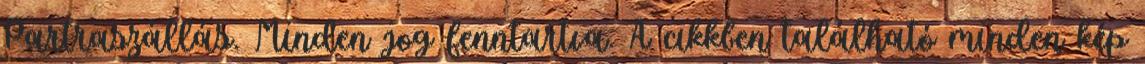
Partraszállás. Minden jog fenntartva. A cikkben található minden kép